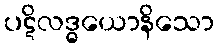
ပဋိလဒ္ဓယောနိသော